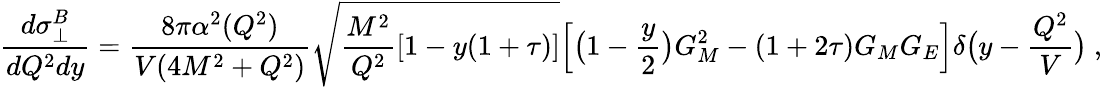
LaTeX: \frac{d\sigma_{\bot}^{B}}{dQ^{2}dy}=\frac{8\pi\alpha^{2}(Q^{2})}{V(4M^{2}+Q^{2})}\sqrt{\frac{M^{2}}{Q^{2}}[1-y(1+\tau)]}\Bigl[\bigl(1-\frac{y}{2}\bigr)G_{M}^{2}-(1+2\tau)G_{M}G_{E}\Bigr]\delta\bigl(y-\frac{Q^{2}}{V}\bigr)\ ,